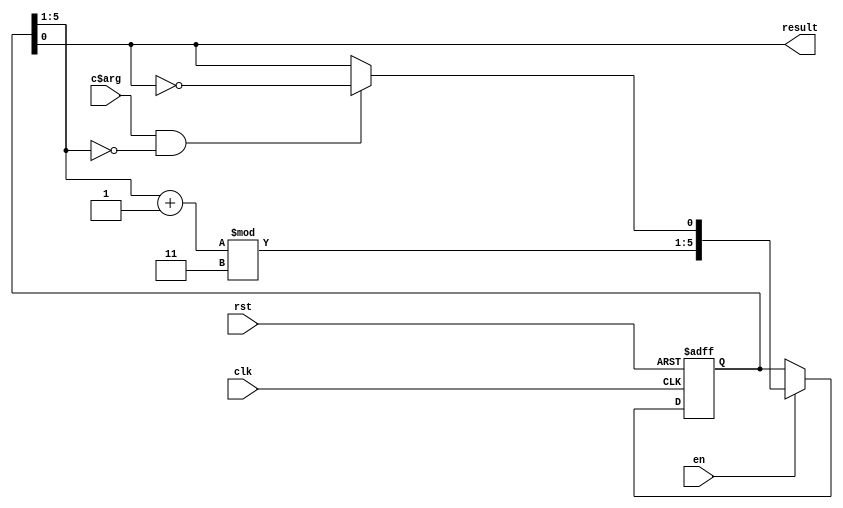
/* AUTOMATICALLY GENERATED VERILOG-2001 SOURCE CODE.
** GENERATED BY CLASH 1.6.3. DO NOT MODIFY.
*/
`timescale 100fs/100fs
module topEntity
    ( // Inputs
      input  clk // clock
    , input  rst // reset
    , input  en // enable
    , input  c$arg

      // Outputs
    , output wire  result
    );
  wire  c$s1_app_arg;
  reg [5:0] s1 = {5'd3,   1'b1};
  wire [4:0] acc;
  wire  st;

  assign c$s1_app_arg = (c$arg & (acc == 5'd0)) ? (~ st) : st;

  assign result = s1[0:0];

  // register begin
  always @(posedge clk or  posedge  rst) begin : s1_register
    if ( rst) begin
      s1 <= {5'd3,   1'b1};
    end else if (en) begin
      s1 <= {(acc + 5'd1) % 5'd3,   c$s1_app_arg};
    end
  end
  // register end

  assign acc = s1[5:1];

  assign st = s1[0:0];


endmodule